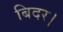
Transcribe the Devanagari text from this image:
बिदर।